画像に写った文字を読んでください
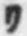
「リ」と書いてあります